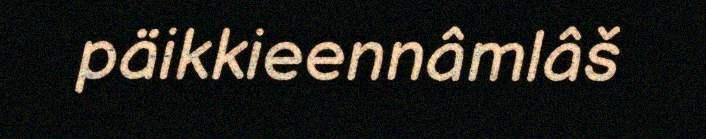
päikkieennâmlâš